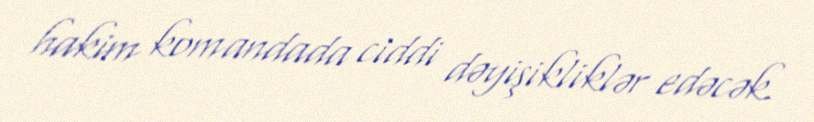
hakim komandada ciddi dəyişikliklər edəcək.